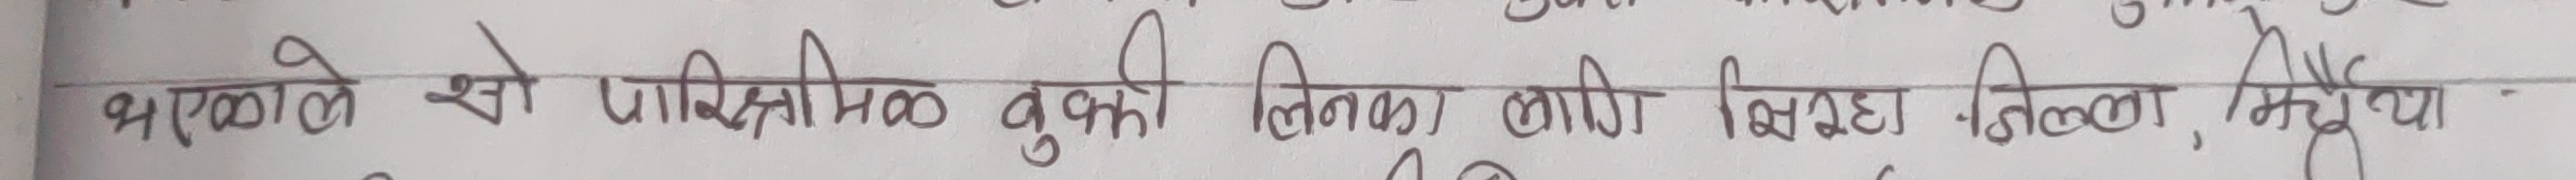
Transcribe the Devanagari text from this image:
श्रृंखलाले से पारिस्थितिक बुकी दिनका लागि सिन्धुवा, निखरा